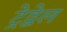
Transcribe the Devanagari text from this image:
ट्रेद्वेल